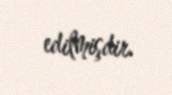
edilmişdir.